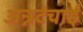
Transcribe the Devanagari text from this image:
अन्नटंचाई